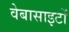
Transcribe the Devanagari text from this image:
वेबासाइटों